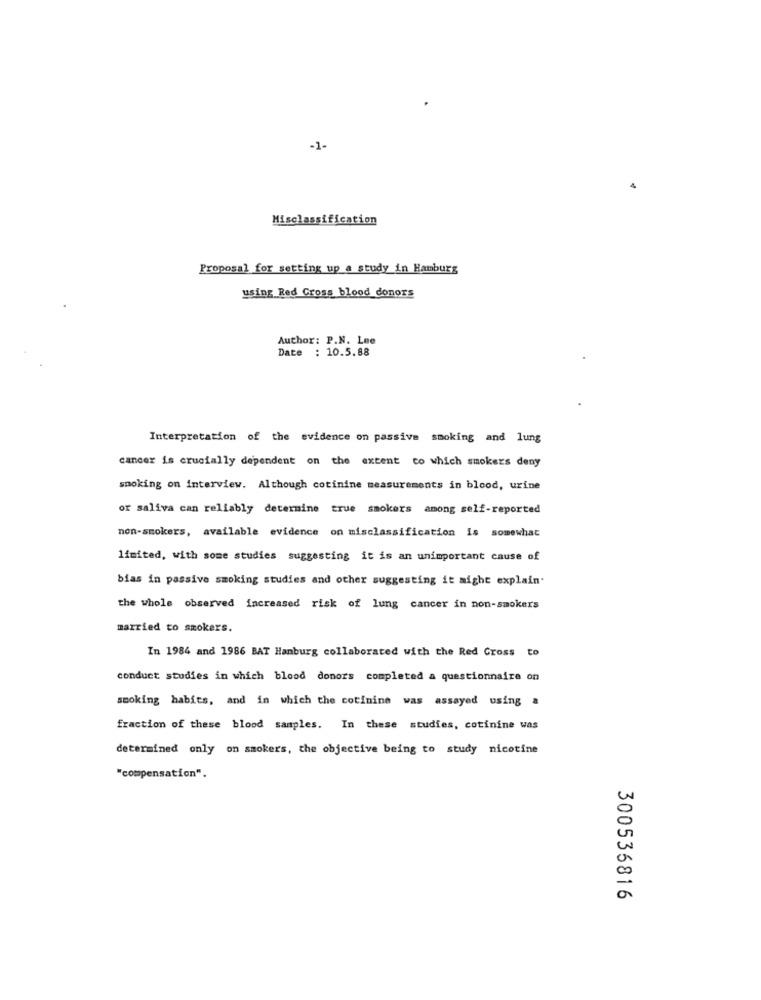
-1-
Misclassification
Proposal for setting up a study in Hamburg
using Red Cross blood donors
Author: P.N. Lee
Date : 10.5.88
Interpretation of the evidence on passive smoking and lung
cancer is crucially dependent on the extent to which smokers deny
smoking on interview. Although cotinine measurements in blood, urine
or saliva can reliably determine true smokers among self-reported
non-smokers, available evidence on misclassification is somewhat
limited, with some studies suggesting it is an unimportant cause of
bias in passive smoking studies and other suggesting it might explain.
the whole observed increased risk of lung cancer in non-smokers
married to smokers.
In 1984 and 1986 BAT Hamburg collaborated with the Red Cross to
conduct studies in which blood donors completed a questionnaire on
smoking habits, and in which the cotinine was assayed using a
fraction of these blood samples. In these studies, cotinine was
determined only on smokers, the objective being to study nicotine
"compensation".
300536816